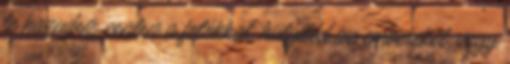
te hazudsz, csalsz a fotókkal, hülyíted az embereket, vagy